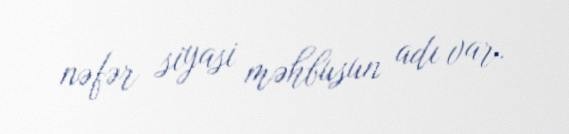
nəfər siyasi məhbusun adı var.